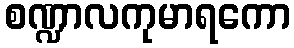
စဏ္ဍာလကုမာရကော